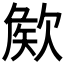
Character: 𣣡